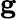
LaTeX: \textbf{g}